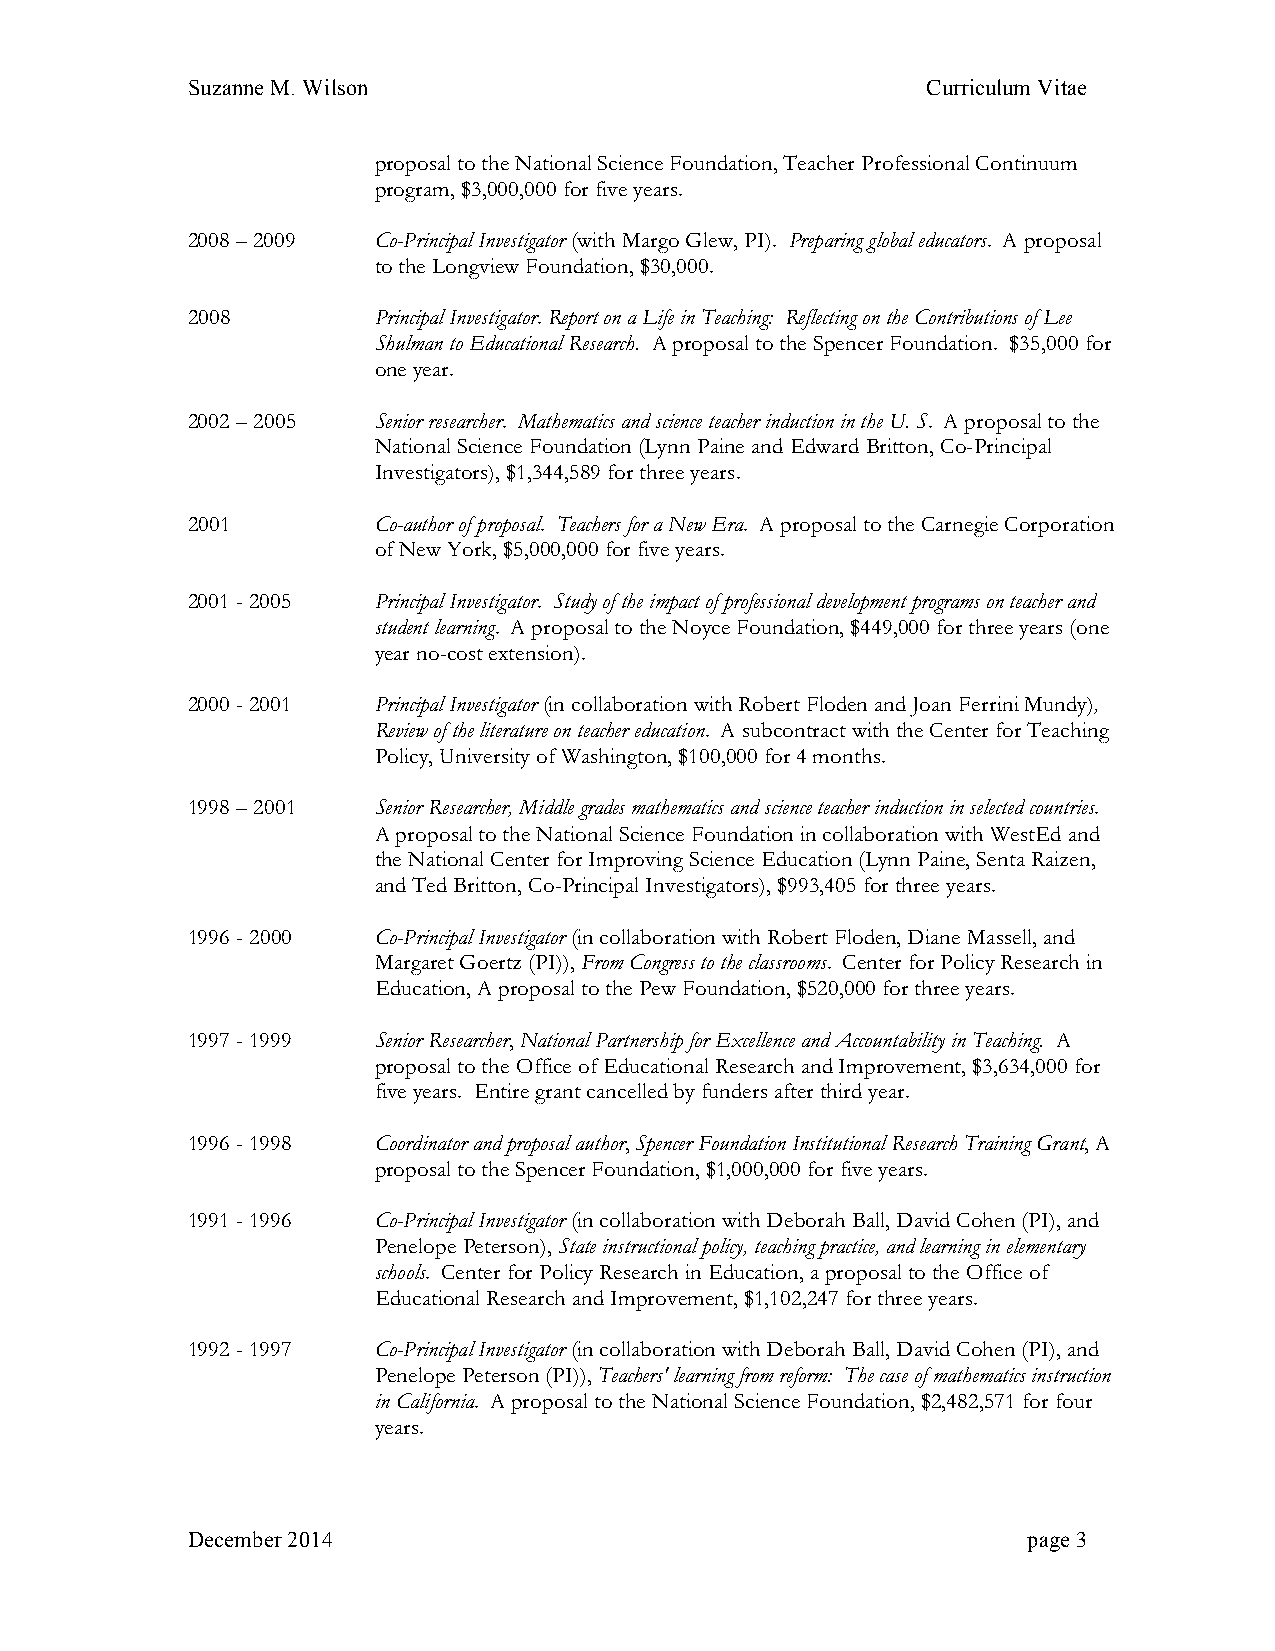
Suzanne M. Wilson                                Curriculum Vitae
 proposal to the National Science Foundation, Teacher Professional Continuum
 program, $3,000,000 for five years.
 2008 – 2009  Co-Principal Investigator (with Margo Glew, PI). Preparing global educators. A proposal
 to the Longview Foundation, $30,000.
 2008         Principal Investigator. Report on a Life in Teaching: Reflecting on the Contributions of Lee
 Shulman to Educational Research. A proposal to the Spencer Foundation. $35,000 for
 one year.
 2002 – 2005  Senior researcher. Mathematics and science teacher induction in the U. S. A proposal to the
 National Science Foundation (Lynn Paine and Edward Britton, Co-Principal
 Investigators), $1,344,589 for three years.
 2001         Co-author of proposal. Teachers for a New Era. A proposal to the Carnegie Corporation
 of New York, $5,000,000 for five years.
 2001 - 2005  Principal Investigator. Study of the impact of professional development programs on teacher and
 student learning. A proposal to the Noyce Foundation, $449,000 for three years (one
 year no-cost extension).
 2000 - 2001  Principal Investigator (in collaboration with Robert Floden and Joan Ferrini Mundy),
 Review of the literature on teacher education. A subcontract with the Center for Teaching
 Policy, University of Washington, $100,000 for 4 months.
 1998 – 2001  Senior Researcher, Middle grades mathematics and science teacher induction in selected countries.
 A proposal to the National Science Foundation in collaboration with WestEd and
 the National Center for Improving Science Education (Lynn Paine, Senta Raizen,
 and Ted Britton, Co-Principal Investigators), $993,405 for three years.
 1996 - 2000  Co-Principal Investigator (in collaboration with Robert Floden, Diane Massell, and
 Margaret Goertz (PI)), From Congress to the classrooms. Center for Policy Research in
 Education, A proposal to the Pew Foundation, $520,000 for three years.
 1997 - 1999  Senior Researcher, National Partnership for Excellence and Accountability in Teaching. A
 proposal to the Office of Educational Research and Improvement, $3,634,000 for
 five years. Entire grant cancelled by funders after third year.
 1996 - 1998  Coordinator and proposal author, Spencer Foundation Institutional Research Training Grant, A
 proposal to the Spencer Foundation, $1,000,000 for five years.
 1991 - 1996  Co-Principal Investigator (in collaboration with Deborah Ball, David Cohen (PI), and
 Penelope Peterson), State instructional policy, teaching practice, and learning in elementary
 schools. Center for Policy Research in Education, a proposal to the Office of
 Educational Research and Improvement, $1,102,247 for three years.
 1992 - 1997  Co-Principal Investigator (in collaboration with Deborah Ball, David Cohen (PI), and
 Penelope Peterson (PI)), Teachers' learning from reform: The case of mathematics instruction
 in California. A proposal to the National Science Foundation, $2,482,571 for four
 years.
 December 2014                                           page 3